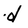
Character: d